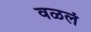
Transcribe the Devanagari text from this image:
वळलं